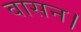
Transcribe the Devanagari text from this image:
वासन।